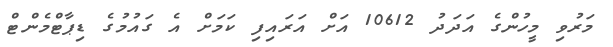
މަރުވި މީހުންގެ އަދަދު 10612 އަށް އަރައިފި ކަމަށް އެ ގައުމުގެ ޑިޕާޓްމެންޓް